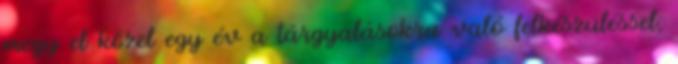
megy el közel egy év a tárgyalásokra való felkészüléssel,